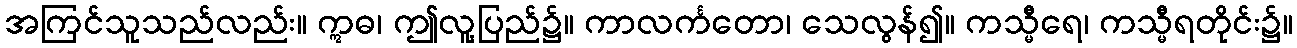
အကြင်သူသည်လည်း။ ဣဓ၊ ဤလူ့ပြည်၌။ ကာလင်္ကတော၊ သေလွန်၍။ ကသ္မီရေ၊ ကသ္မီရတိုင်း၌။